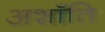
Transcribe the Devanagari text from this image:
अशाँति